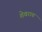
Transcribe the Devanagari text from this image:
शेवराय